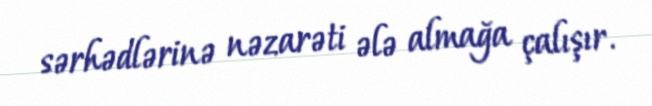
sərhədlərinə nəzarəti ələ almağa çalışır.